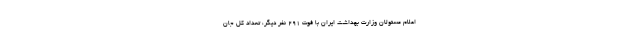
اعلام مسئولان وزارت بهداشت ایران با فوت ۲۹۱ نفر دیگر، تعداد کل جان